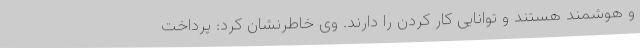
و هوشمند هستند و توانایی کار کردن را دارند. وی خاطرنشان کرد: پرداخت